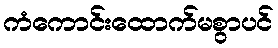
ကံကောင်းထောက်မစွာပင်